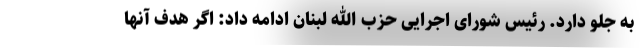
به جلو دارد. رئیس شورای اجرایی حزب الله لبنان ادامه داد: اگر هدف آنها